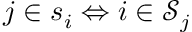
j \in \mathscr { s } _ { i } \Leftrightarrow i \in \mathscr { S } _ { j }